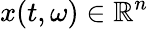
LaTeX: x(t,\omega)\in\mathbb R^{n}